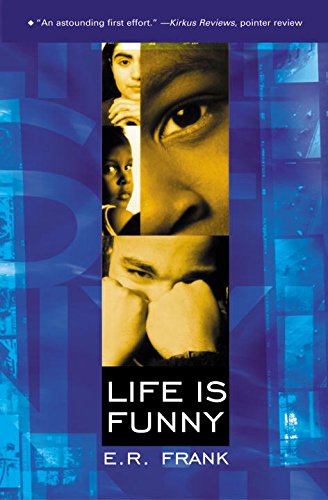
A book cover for Life Is Funny; E.R. Frank; Teen & Young Adult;